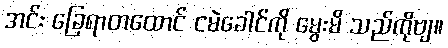
အင်း ခြေရာတထောင် ငမဲခေါင်ကို မွေးမိ သည်ကိုဗျ။